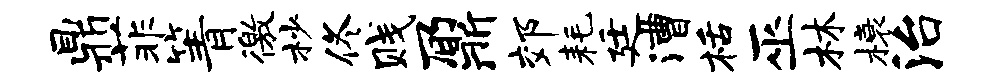
鼎菲箐徼杪佟贱鼐郊耗廷漕栝巫林榱治